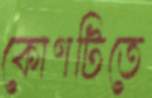
কোণটিতে